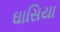
ઘાસિયા